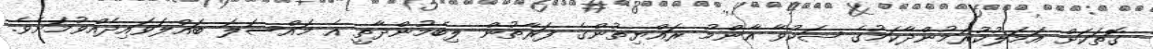
ގޮތަކަށް އަމަލުކުރަމުންދާކަމުގެ ޝަކުވާ އާންމު ރައްޔިތުންގެ ފަރާތުން ލިބެމުންދާތީ އެ މައްސަލަ ބައްލަވައިދެއްވުމަށެވެ.